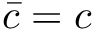
\bar { c } = c